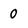
Character: 0